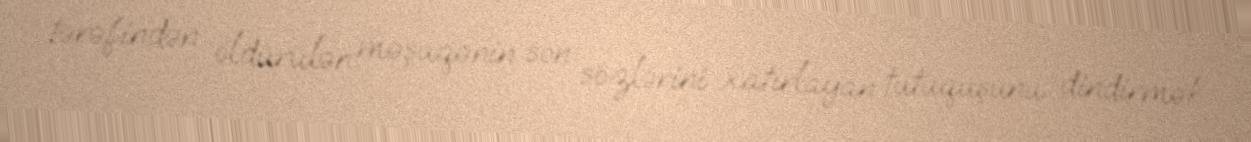
tərəfindən öldürülən məşuqənin son sözlərini xatırlayan tutuquşunu dindirmək